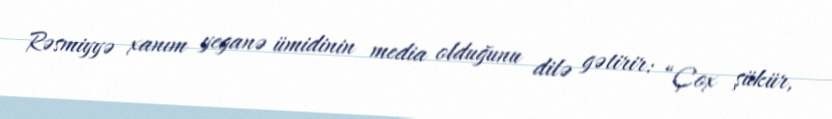
Rəsmiyyə xanım yeganə ümidinin media olduğunu dilə gətirir: “Çox şükür,